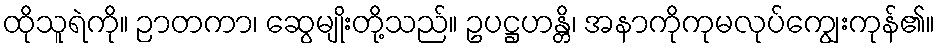
ထိုသူရဲကို။ ဉာတကာ၊ ဆွေမျိုးတို့သည်။ ဥပဋ္ဌဟန္တိ၊ အနာကိုကုမလုပ်ကျွေးကုန်၏။